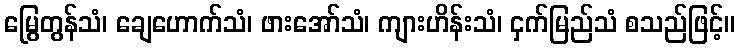
မြွေတွန်သံ၊ ချေဟောက်သံ၊ ဖားအော်သံ၊ ကျားဟိန်းသံ၊ ငှက်မြည်သံ စသည်ဖြင့်။